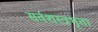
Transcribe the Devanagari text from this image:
सर्वशस्त्रभृतां